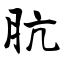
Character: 肮